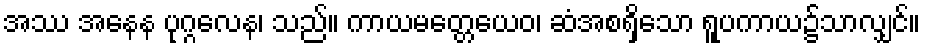
အဿ အနေန ပုဂ္ဂလေန၊ သည်။ ကာယမတ္တေယေဝ၊ ဆံအစရှိသော ရူပကာယ၌သာလျှင်။